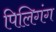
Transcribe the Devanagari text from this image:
पिलिगंग